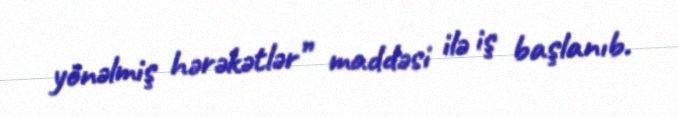
yönəlmiş hərəkətlər” maddəsi ilə iş başlanıb.